Annual report on the lock hospitals of the Madras Presidency
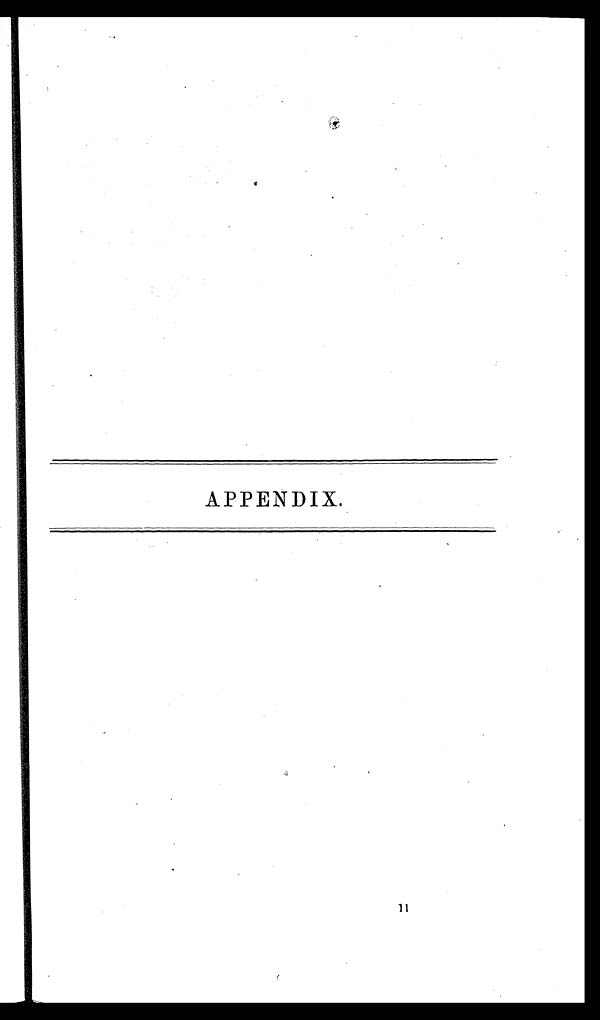
APPENDIX.
11